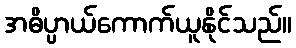
အဓိပ္ပာယ်ကောက်ယူနိုင်သည်။